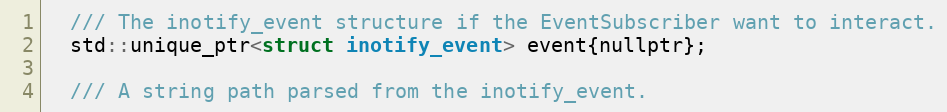
Language: C
  /// The inotify_event structure if the EventSubscriber want to interact.
  std::unique_ptr<struct inotify_event> event{nullptr};

  /// A string path parsed from the inotify_event.